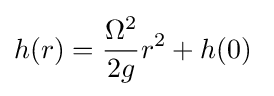
h(r)={\frac {\Omega ^{2}}{2g}}r^{2}+h(0)\